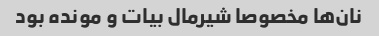
نان‌ها مخصوصا شیرمال بیات و مونده بود